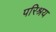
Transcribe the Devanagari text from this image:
परिश्रय